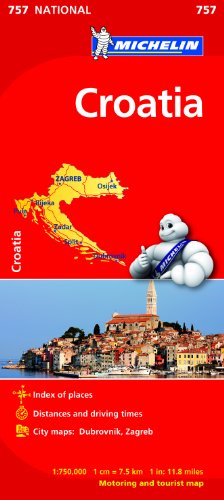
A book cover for Croatia (Michelin National Maps); Travel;